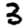
Digit: 3